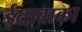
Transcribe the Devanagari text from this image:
ईताबाका